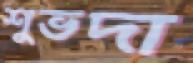
শুভদা